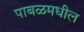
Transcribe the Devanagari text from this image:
पाबळमधील